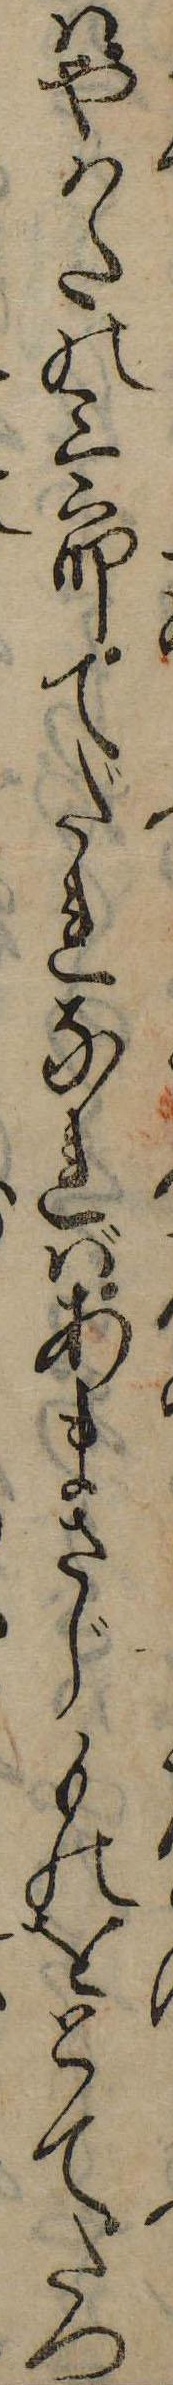
はやはたの三郎てだれなればあまさじものをとてたつ